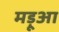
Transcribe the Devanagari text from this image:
मड़ूआ